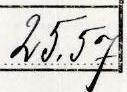
25,57